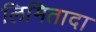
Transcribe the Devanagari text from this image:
लिमितादा